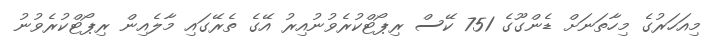
މިއަހަރުގެ މިހާތަނަށް ޑެންގޫގެ 751 ކޭސް ރިޕޯޓްކުރެވުނުއިރު އޭގެ ތެރޭގައި މާލެއިން ރިޕޯޓްކުރެވުނު